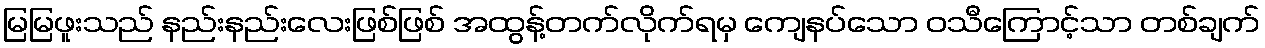
မြမြဖူးသည် နည်းနည်းလေးဖြစ်ဖြစ် အထွန့်တက်လိုက်ရမှ ကျေနပ်သော ဝသီကြောင့်သာ တစ်ချက်